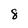
Character: 8